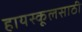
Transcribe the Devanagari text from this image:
हायस्कूलसाठी